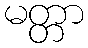
မတ္တာ